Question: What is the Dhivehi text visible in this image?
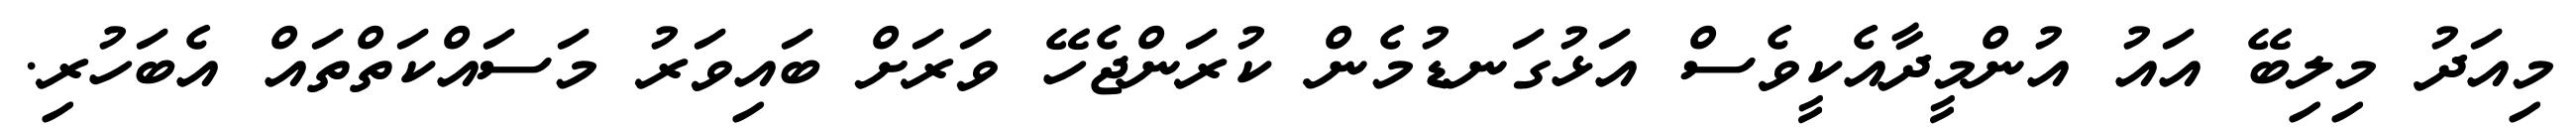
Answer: މިއަދު މިލިބޭ އައު އުންމީދާއެކީވެސް އަޅުގަނޑުމެން ކުރަންޖެހޭ ވަރަށް ބައިވަރު މަސައްކަތްތައް އެބަހުރި.